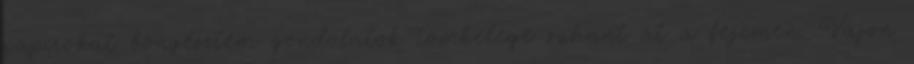
papírokat böngésztem gondolatok tömkelege suhant át a fejemen. Vajon